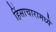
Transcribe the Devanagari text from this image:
हिंसाचारामध्ये